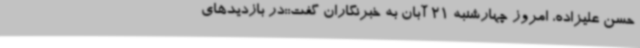
حسن علیزاده، امروز چهارشنبه 21 آبان به خبرنگاران گفت::در بازدیدهای